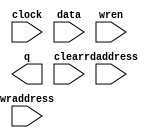
// (C) 2001-2017 Intel Corporation. All rights reserved.
// Your use of Intel Corporation's design tools, logic functions and other 
// software and tools, and its AMPP partner logic functions, and any output 
// files from any of the foregoing (including device programming or simulation 
// files), and any associated documentation or information are expressly subject 
// to the terms and conditions of the Intel Program License Subscription 
// Agreement, Intel FPGA IP License Agreement, or other applicable 
// license agreement, including, without limitation, that your use is for the 
// sole purpose of programming logic devices manufactured by Intel and sold by 
// Intel or its authorized distributors.  Please refer to the applicable 
// agreement for further details.







// synopsys translate_off
`timescale 1 ps / 1 ps
// synopsys translate_on
module rw_manager_di_buffer (
	clock,
	data,
	rdaddress,
	wraddress,
	wren,
	q,
	clear);

	parameter DATA_WIDTH = 32;
	parameter ADDR_WIDTH = 4;
	parameter NUM_WORDS = 16;

	input	  clock;
	input	[DATA_WIDTH-1:0]  data;
	input	[ADDR_WIDTH-1:0]  rdaddress;
	input	[ADDR_WIDTH-1:0]  wraddress;
	input	  wren;
	output	[DATA_WIDTH-1:0]  q;
	input clear;
`ifndef ALTERA_RESERVED_QIS
// synopsys translate_off
`endif
	tri1	  clock;
	tri0	  wren;
`ifndef ALTERA_RESERVED_QIS
// synopsys translate_on
`endif

// synthesis translate_off

	reg	[DATA_WIDTH-1:0]  q;
	reg [DATA_WIDTH-1:0] mem [0:NUM_WORDS-1];
	integer i;
/*
	integer j;
    always @(posedge clock or posedge clear) begin
        if (clear) begin
			for (i = 0; i < NUM_WORDS; i = i + 1) begin
				for (j = 0; j < DATA_WIDTH/32; j = j+ 1) begin
					mem[i][32*j+:32] <= i*(DATA_WIDTH/32) + j;
				end
			end
		end
		else begin
			q <= mem[rdaddress];
		end
	end
*/

    always @(posedge clock or posedge clear) begin
        if (clear) begin
			for (i = 0; i < NUM_WORDS; i = i + 1) begin
				mem[i] <= 0;
			end
		end
		else begin
			if (wren)
				mem[wraddress] <= data;
			q <= mem[rdaddress];
		end
	end

// synthesis translate_on

// synthesis read_comments_as_HDL on
// 	wire [DATA_WIDTH-1:0] sub_wire0;
// 	wire [DATA_WIDTH-1:0] q = sub_wire0[DATA_WIDTH-1:0];
// 	
// 	altsyncram	altsyncram_component (
// 				.address_a (wraddress),
// 				.clock0 (clock),
// 				.data_a (data),
// 				.wren_a (wren),
// 				.address_b (rdaddress),
// 				.q_b (sub_wire0),
// 				.aclr0 (1'b0),
// 				.aclr1 (1'b0),
// 				.addressstall_a (1'b0),
// 				.addressstall_b (1'b0),
// 				.byteena_a (1'b1),
// 				.byteena_b (1'b1),
// 				.clock1 (1'b1),
// 				.clocken0 (1'b1),
// 				.clocken1 (1'b1),
// 				.clocken2 (1'b1),
// 				.clocken3 (1'b1),
// 				.data_b ({DATA_WIDTH{1'b1}}),
// 				.eccstatus (),
// 				.q_a (),
// 				.rden_a (1'b1),
// 				.rden_b ((rdaddress < NUM_WORDS) ? 1'b1 : 1'b0),
// 				.wren_b (1'b0));
// 	defparam
// 		altsyncram_component.address_aclr_b = "NONE",
// 		altsyncram_component.address_reg_b = "CLOCK0",
// 		altsyncram_component.clock_enable_input_a = "BYPASS",
// 		altsyncram_component.clock_enable_input_b = "BYPASS",
// 		altsyncram_component.clock_enable_output_b = "BYPASS",
// 		altsyncram_component.intended_device_family = "Stratix III",
// 		altsyncram_component.lpm_type = "altsyncram",
// 		altsyncram_component.numwords_a = NUM_WORDS,
// 		altsyncram_component.numwords_b = NUM_WORDS,
// 		altsyncram_component.operation_mode = "DUAL_PORT",
// 		altsyncram_component.outdata_aclr_b = "NONE",
// 		altsyncram_component.outdata_reg_b = "UNREGISTERED",
// 		altsyncram_component.power_up_uninitialized = "FALSE",
// 		altsyncram_component.ram_block_type = "MLAB",
// 		altsyncram_component.widthad_a = ADDR_WIDTH,
// 		altsyncram_component.widthad_b = ADDR_WIDTH,
// 		altsyncram_component.width_a = DATA_WIDTH,
// 		altsyncram_component.width_b = DATA_WIDTH,
// 		altsyncram_component.width_byteena_a = 1;
// synthesis read_comments_as_HDL off


endmodule